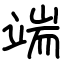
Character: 端